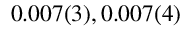
0 . 0 0 7 ( 3 ) , 0 . 0 0 7 ( 4 )